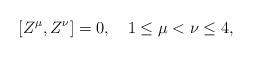
LaTeX: \begin{align*}[Z^{\mu},Z^{\nu}]=0, \quad 1\leq \mu < \nu \leq 4,\end{align*}